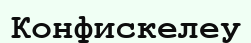
Конфискелеу